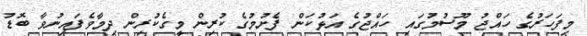
މިފަހަރުގެ ހައްޖު މޫސުމުގައި ހައްޖުގެ އަޅުކަން ފެށުމުގެ ކުރިން މީގެކުރިން ދިމާވެފައިނުވާ ބޮޑު